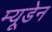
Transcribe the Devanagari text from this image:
म्यूडेन